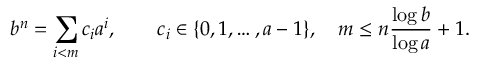
b ^ { n } = \sum _ { i < m } c _ { i } a ^ { i } , \qquad c _ { i } \in \{ 0 , 1 , \ldots , a - 1 \} , \quad m \leq n { \frac { \log b } { \log a } } + 1 .